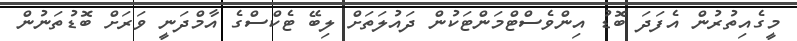
މީގެއިތުރުން އެފަދަ ބޮޑު އިންވެސްޓްމަންޓަކުން ދައުލަތަށް ލިބޭ ޓެކްސްގެ އާމްދަނީ ވަރަށް ބޮޑުތަނުން